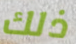
ذلك